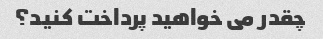
چقدر می خواهید پرداخت کنید؟